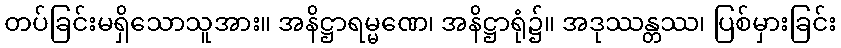
တပ်ခြင်းမရှိသောသူအား။ အနိဋ္ဌာရမ္မဏေ၊ အနိဋ္ဌာရုံ၌။ အဒုဿန္တဿ၊ ပြစ်မှားခြင်း